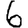
Digit: 6